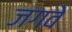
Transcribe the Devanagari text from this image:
जगवे